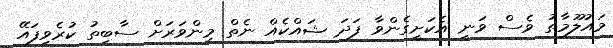
މައުލޫމާތު ވެސް ވަނީ އެކަށީގެންވާ ފަދަ ޝައްކެއް ނެތް މިންވަރަށް ސާބިތު ކުރެވިފައޭ